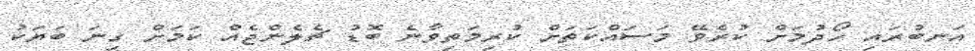
އަނބުރައި ހޯދުމަށް ކުރެވޭ މަސައްކަތަށް ކުރިމަތިވާނެ ބޮޑު ޗެލެންޖެއް ކަމަށް ގިނަ ބަޔަކު